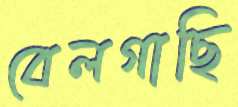
বেলগাছি